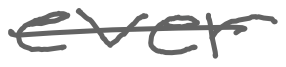
Text: ever
Cross-out: single-line
Writing tool: digital_gray